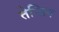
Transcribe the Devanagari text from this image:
तेन्झिन